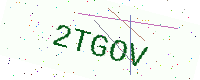
Text: 2TGOV